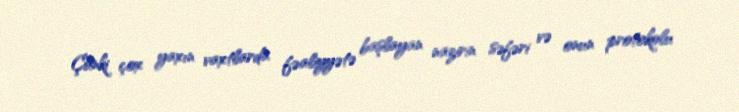
Çünki çox yaxın vaxtlarda fəaliyyətə başlayan nazirin səfəri və onun protokolu